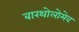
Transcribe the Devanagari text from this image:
बारथोलोमेव